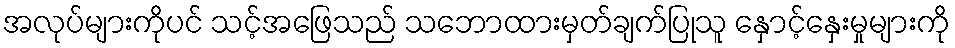
အလုပ်များကိုပင် သင့်အဖြေသည် သဘောထားမှတ်ချက်ပြုသူ နှောင့်နှေးမှုများကို